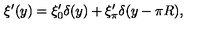
\xi ^ { \prime } ( y ) = \xi _ { 0 } ^ { \prime } \delta ( y ) + \xi _ { \pi } ^ { \prime } \delta ( y - \pi R ) ,